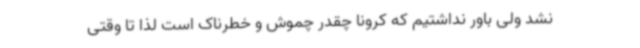
نشد ولی باور نداشتیم که کرونا چقدر چموش و خطرناک است لذا تا وقتی